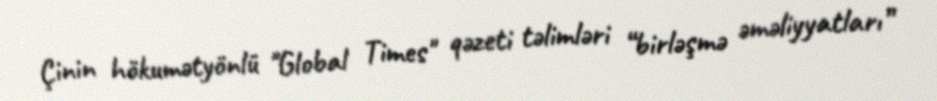
Çinin hökumətyönlü "Global Times" qəzeti təlimləri “birləşmə əməliyyatları”